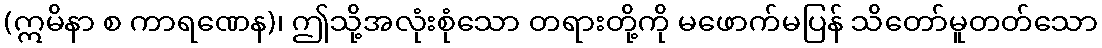
(ဣမိနာ စ ကာရဏေန)၊ ဤသို့အလုံးစုံသော တရားတို့ကို မဖောက်မပြန် သိတော်မူတတ်သော